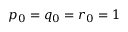
p _ { 0 } = q _ { 0 } = r _ { 0 } = 1